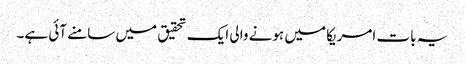
یہ بات امریکا میں ہونے والی ایک تحقیق میں سامنے آئی ہے۔